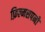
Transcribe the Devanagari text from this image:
फ़िल्मसपनों